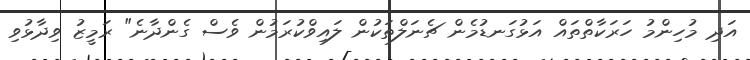
އަދި މުހިންމު ހަރަކާތްތައް އަޅުގަނޑުމެން ޗެނަލްތަކުން ލައިވްކުރަމުން ވެސް ގެންދާނެ" ރަމީޒު ވިދާޅުވި